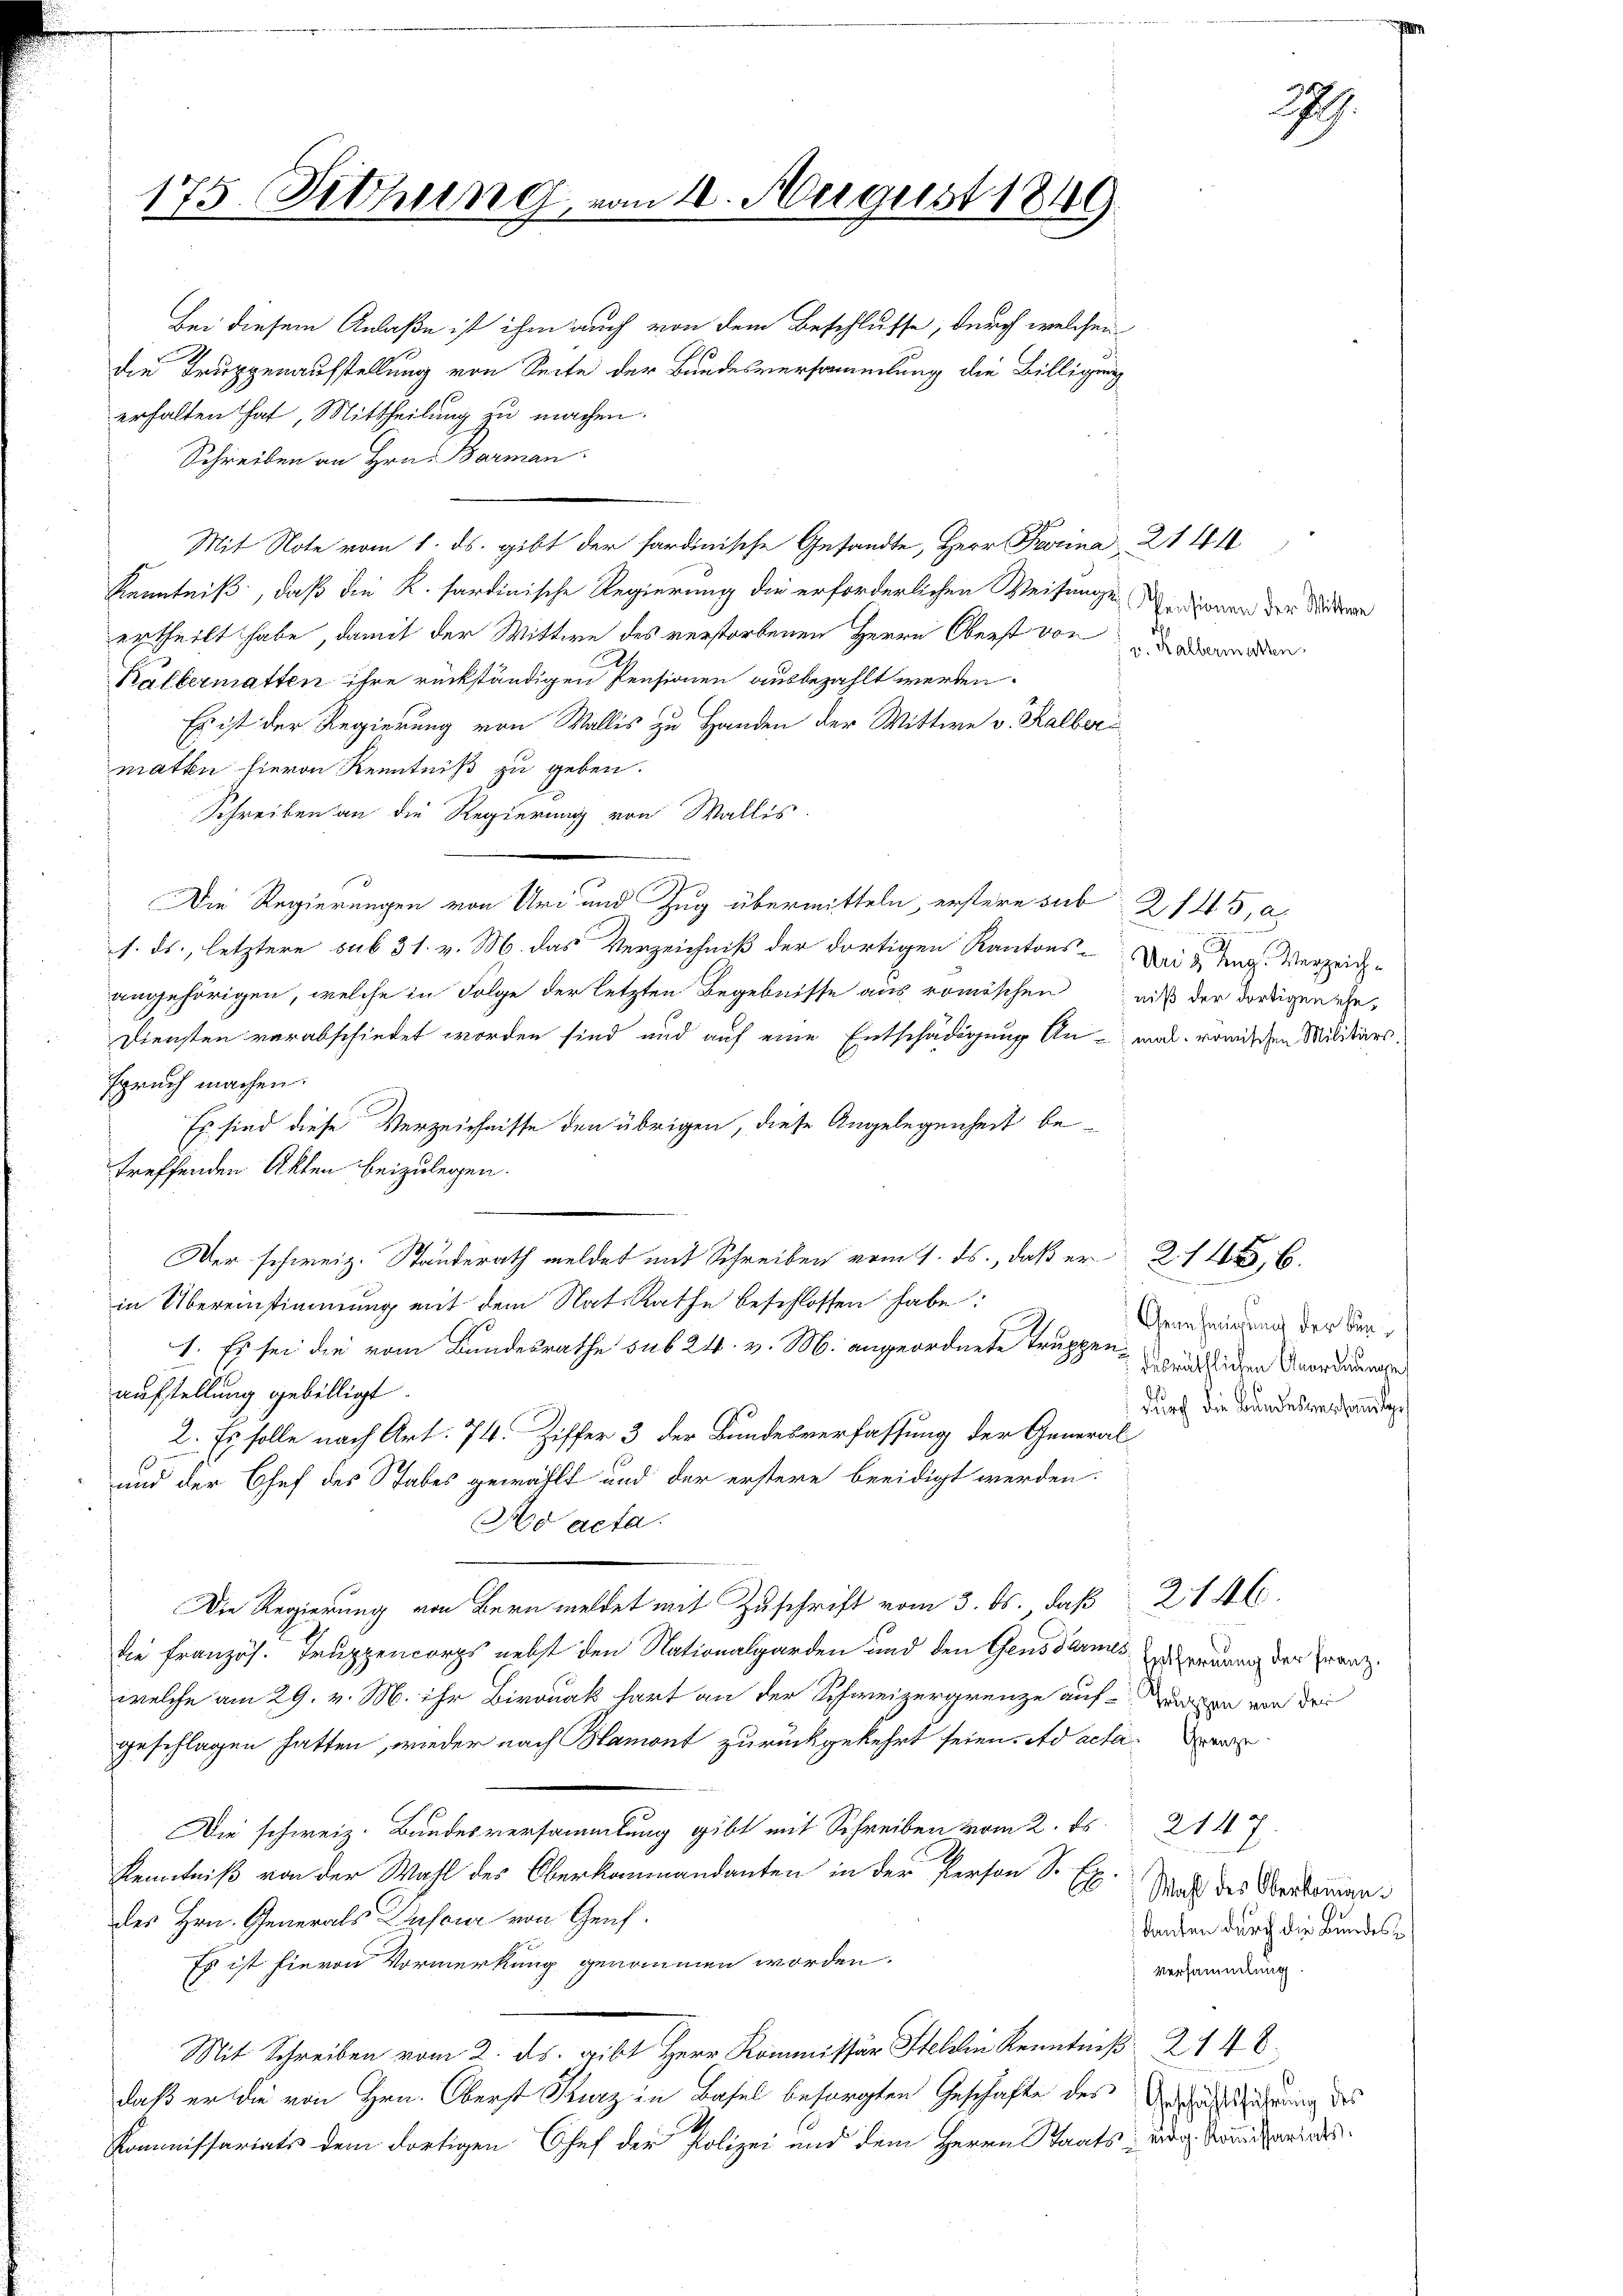
175. Sitzung

erhalten hat, Mittheilung zu machen.
Schreiben an Hrn. Barman
Mit Note vom 1. ds. gibt der hardinische Gesandte, Herr Provina 21410
Kenntniß, daß die K. sardinische Regierung die erforderlichen Weisungendigung der Studen
ertheilt habe, damit der Mittwe des verstorbenen Herrn Oberst von d
Kältermatten ihre rückständigen Pensionen ausbezahlt werden.
Es ist der Regierung von Wallis zu Handen der Mittwe v. Kalberi
matten hievon Kenntniß zu geben.
Schreiben an die Regierung von Wallis.
Die Regierungen von Uri und Zug übermitteln, erstere sub 2145, a
1. ds., letztere sub 31. v. M. das Verzeichniß der dortigen Kantons-Die ag. Verzeiche
angehörigen, welche in Folge der letzten Begebnisse aus römischenniß der dortigen ehe
Diensten verabschiedet worden sind und auf eine Entschädigung An-mal. römischen Militärs.
spruch machen.
Es sind diese Verzeichnisse den übrigen, diese Angelegenheit be-
treffenden Akten beizulegen.
Der schweiz. Ständerath meldet mit Schreiben vom 1. ds., daß er 216.
in Übereinstimmung mit dem Nat. Rathe beschlossen habe:
1. Es sei die vom Bundesrathe sub 24. v. M. angeordnete Truppen, damit sichen Anordnunge
aufstellung gebilligt.
2. Es solle nach Art. 74. Ziffer 3 der Bundesverfassung der General
und der Chef des Stabes gewählt und der erstere beeidigt werden.
Mo acta.
Die Regierung von Bern meldet mit Zuschrift vom 3. ds., daß 246
die Französ. Truppencorps nebst den Nationalgarden und den Gensdarmes renung der Franzwelche am 29. v. M. ihr Bironak hart an der Schweizergrenze auf von von der
geschlagen hatten, wieder nach Blamont zurückgekehrt seien. ad acta
Die schweiz. Bundesversammlung gibt mit Schreiben vom 2. ds. 2111 7
Kenntniß von der Wahl des Oberkommandanten in der Person Sr. Ex. Sie des Oberkomandes Hrn. Generals Dufour von Graf.
Es ist hievon Vormerkung genommen worden.
Mit Schreiben vom 2. ds. gibt Herr Kommissär Stellen Kenntniß 2148.
daß er die von Hrn. Oberst Kurz in Basel besorgten Geschäfte des Gesuchtlicherung des
Kommissariats dem dortigen Chef der Polizei und dem Herrn Staats-Tag kanterlas

Bei diesem Anlaße ist ihm auch von dem Beschlusse, durch welchen
die Truppenaufstellung von Seite der Bundesversammlung die Billigung

n 4. August 1849.

v. Kalbermatten.

Genehmigung der Bundurch die Bandesversammtge

lanten durch die Bundes¬
Versammlung.

29.